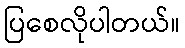
ပြစေလိုပါတယ်။